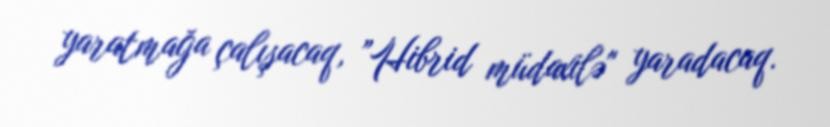
yaratmağa çalışacaq, ”Hibrid müdaxilə" yaradacaq.